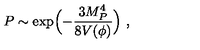
P \sim \exp \Bigl ( - { \frac { 3 M _ { P } ^ { 4 } } { 8 V ( \phi ) } } \Bigr ) \ ,